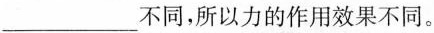
___不同，所以力的作用效果不同。